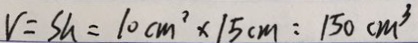
V = S h = 1 0 c m ^ { 2 } \times 1 5 c m = 1 5 0 c m ^ { 3 }